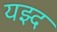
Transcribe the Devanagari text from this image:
यझ्द